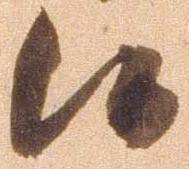
候